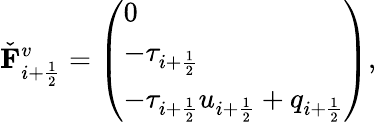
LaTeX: \check{\mathbf{F}}_{i+\frac{1}{2}}^{v}=\left(\begin{array}{l}{0}\\ {-\tau_{i+\frac{1}{2}}}\\ {-\tau_{i+\frac{1}{2}}u_{i+\frac{1}{2}}+q_{i+\frac{1}{2}}}\end{array}\right),